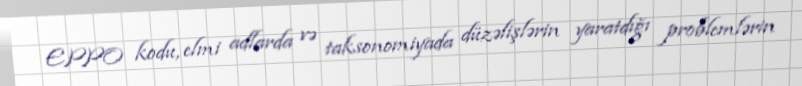
EPPO kodu, elmi adlarda və taksonomiyada düzəlişlərin yaratdığı problemlərin